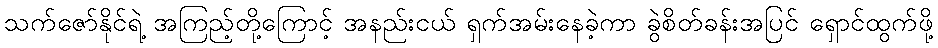
သက်ဇော်နိုင်ရဲ့ အကြည့်တို့ကြောင့် အနည်းငယ် ရှက်အမ်းနေခဲ့ကာ ခွဲစိတ်ခန်းအပြင် ရှောင်ထွက်ဖို့